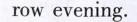
row evening.